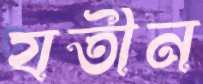
যতীন